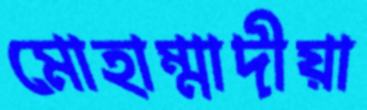
মোহাম্মাদীয়া